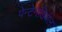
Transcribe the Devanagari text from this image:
पेन्टेनेडियल